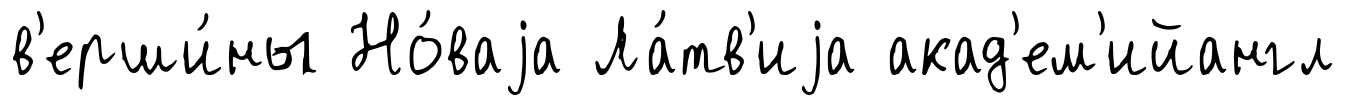
в'ерши́ны Но́ваjа Ла́тв'иjа акад'ем'ийангл